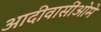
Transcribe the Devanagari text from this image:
आदीवासींओमे